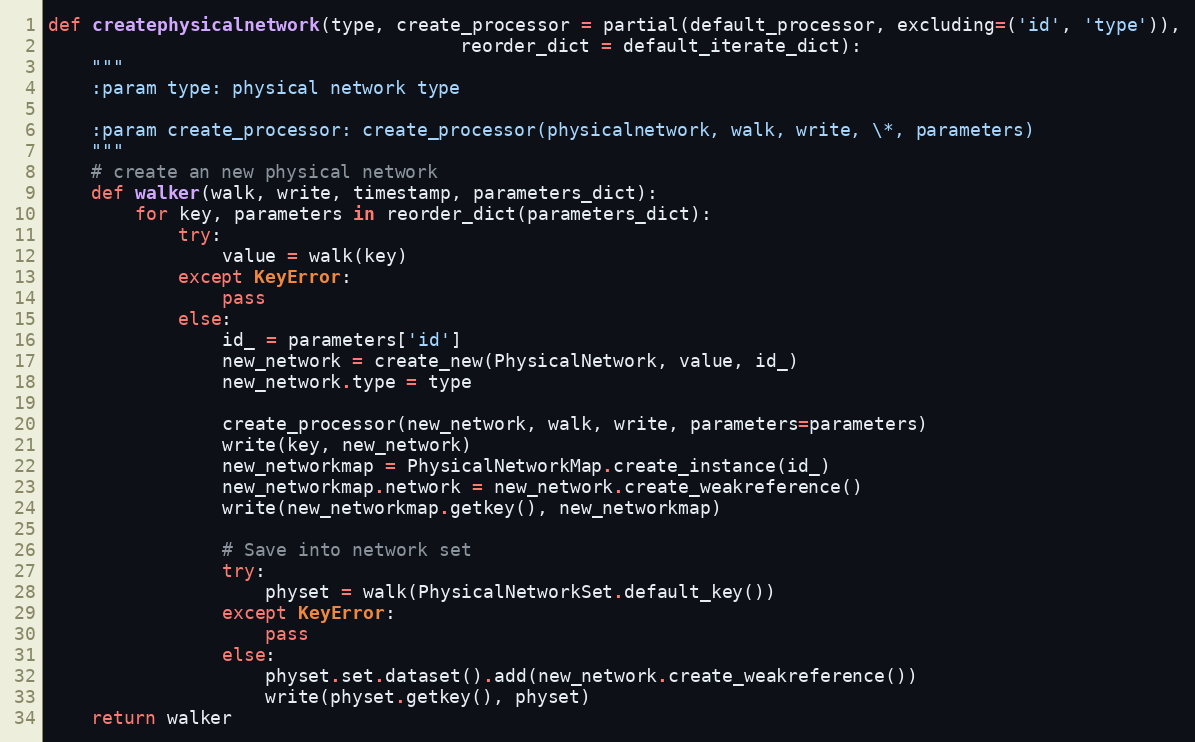
Language: Python
def createphysicalnetwork(type, create_processor = partial(default_processor, excluding=('id', 'type')),
                                      reorder_dict = default_iterate_dict):
    """
    :param type: physical network type

    :param create_processor: create_processor(physicalnetwork, walk, write, \*, parameters)
    """
    # create an new physical network
    def walker(walk, write, timestamp, parameters_dict):
        for key, parameters in reorder_dict(parameters_dict):
            try:
                value = walk(key)
            except KeyError:
                pass
            else:
                id_ = parameters['id']
                new_network = create_new(PhysicalNetwork, value, id_)
                new_network.type = type

                create_processor(new_network, walk, write, parameters=parameters)
                write(key, new_network)
                new_networkmap = PhysicalNetworkMap.create_instance(id_)
                new_networkmap.network = new_network.create_weakreference()
                write(new_networkmap.getkey(), new_networkmap)

                # Save into network set
                try:
                    physet = walk(PhysicalNetworkSet.default_key())
                except KeyError:
                    pass
                else:
                    physet.set.dataset().add(new_network.create_weakreference())
                    write(physet.getkey(), physet)
    return walker